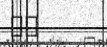
٧٤